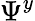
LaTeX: \Psi^{y}